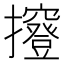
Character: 𢹑